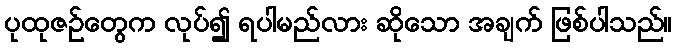
ပုထုဇဉ်တွေက လုပ်၍ ရပါမည်လား ဆိုသော အချက် ဖြစ်ပါသည်။